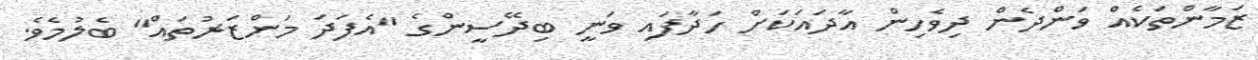
ޒަމާންތަކެއް ވަންދެން ދިވެހިން އާދައަކަށް ހަދާފައި ވަނީ ބިދޭސީންގެ "އެފަދަ މަންޒަރުތައް" ބެލުމެވެ.